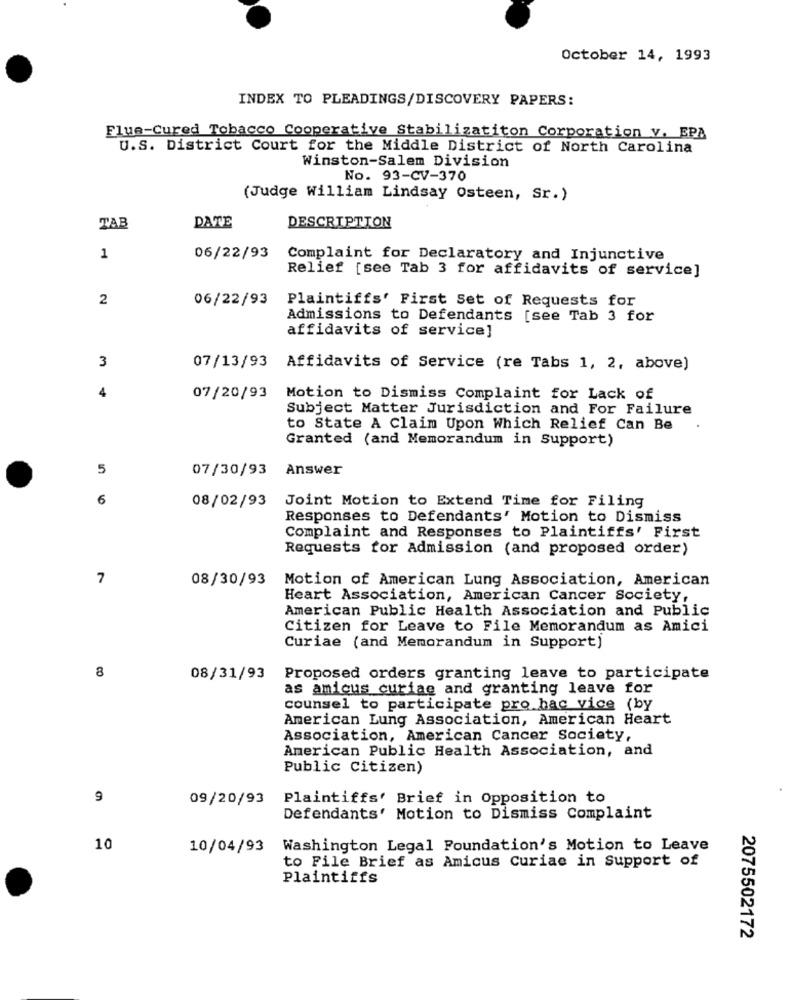
October 14, 1993
INDEX TO PLEADINGS/DISCOVERY PAPERS:
Flue-Cured Tobacco Cooperative Stabilizatiton Corporation v. EPA
U.S. District Court for the Middle District of North Carolina
Winston-Salem Division
No. 93-CV-370
(Judge William Lindsay Osteen, Sr.)
TAB
DATE
DESCRIPTION
1
06/22/93
Complaint for Declaratory and Injunctive
Relief [see Tab 3 for affidavits of service]
2
06/22/93
Plaintiffs' First Set of Requests for
Admissions to Defendants [see Tab 3 for
affidavits of service]
3
07/13/93 Affidavits of Service (re Tabs 1, 2, above)
4
07/20/93
Motion to Dismiss Complaint for Lack of
Subject Matter Jurisdiction and For Failure
to State A Claim Upon Which Relief Can Be
Granted (and Memorandum in Support)
5
07/30/93
Answer
6
08/02/93
Joint Motion to Extend Time for Filing
Responses to Defendants' Motion to Dismiss
Complaint and Responses to Plaintiffs' First
Requests for Admission (and proposed order)
7
08/30/93
Motion of American Lung Association, American
Heart Association, American Cancer Society,
American Public Health Association and Public
Citizen for Leave to File Memorandum as Amici
Curiae (and Memorandum in Support)
8
08/31/93
Proposed orders granting leave to participate
as amicus curiae and granting leave for
counsel to participate pro hac vice (by
American Lung Association, American Heart
Association, American Cancer Society,
American Public Health Association, and
Public Citizen)
9
09/20/93 Plaintiffs' Brief in Opposition to
Defendants' Motion to Dismiss Complaint
10
10/04/93 Washington Legal Foundation's Motion to Leave
to File Brief as Amicus Curiae in Support of
Plaintiffs
2075502172